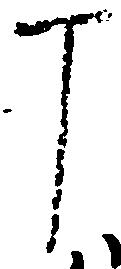
丁